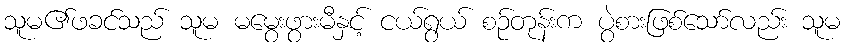
သူမ၏ဖခင်သည် သူမ မမွေးဖွားမီနှင့် ငယ်ရွယ် စဉ်တုန်းက ပွဲစားဖြစ်သော်လည်း သူမ